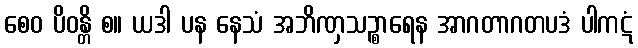
စေဝ ပိဝန္တိ စ။ ယဒါ ပန နေသံ အဘိဏှသဉ္စာရေန အာဂတာဂတပဒံ ပါကဋံ